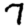
Digit: 7